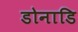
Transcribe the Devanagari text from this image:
डोनाडि